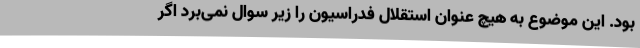
بود. این موضوع به هیچ عنوان استقلال فدراسیون را زیر سوال نمی‌برد اگر